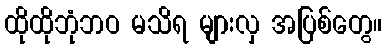
ထိုထိုဘုံဘဝ မသိရ များလှ အပြစ်တွေ။